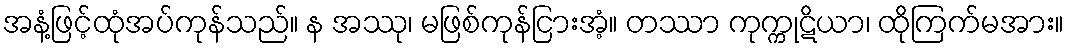
အနံ့ဖြင့်ထုံအပ်ကုန်သည်။ န အဿု၊ မဖြစ်ကုန်ငြားအံ့။ တဿာ ကုက္ကုဋိယာ၊ ထိုကြက်မအား။